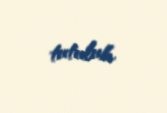
tutulub.